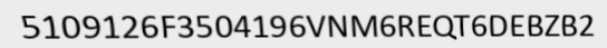
5109126F3504196VNM6REQT6DEBZB2